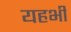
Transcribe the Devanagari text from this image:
यहभी